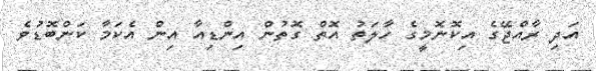
އަދި ރާއްޖޭގެ އިކޮނޮމީގެ ހާލަތު އޮތް ގޮތުން އިންޑިއާ އިން އެކަމާ ކަންބޮޑުވެ